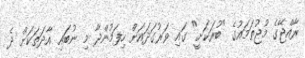
ރާއްޖޭގެ މުޖުތަމައުގެ "ބުރަކަށީ" ގައި ވަރުގަދައަށް ހިފަމުންދާ މި ނުބައި އާދަތަކަށް ދެ